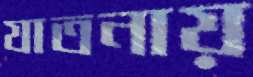
যাতনায়